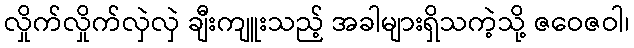
လှိုက်လှိုက်လှဲလှဲ ချီးကျူးသည့် အခါများရှိသကဲ့သို့ ဇဝေဇဝါ၊